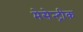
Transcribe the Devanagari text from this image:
मेसेन्ट्रीक